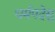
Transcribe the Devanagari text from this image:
धर्मपदेसु